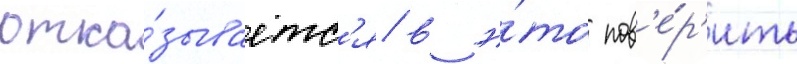
отка́зываетс'я в э́то пов'е́р'ить